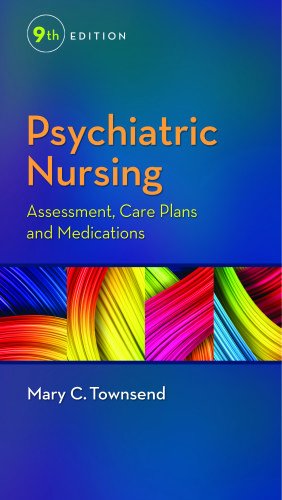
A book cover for Psychiatric Nursing: Assessment, Care Plans, and Medications; Mary C. Townsend DSN  PMHCNS-BC; Test Preparation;